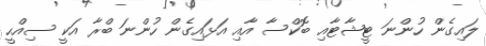
ލައިގެން ހުންނަ ޓީޝާޓާއި ބޮކްސާ އާއި އަޅައިގެން ހުންނަ ބްރާ އަކީ ސިއްހީ